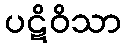
ပဋိဝိသာ